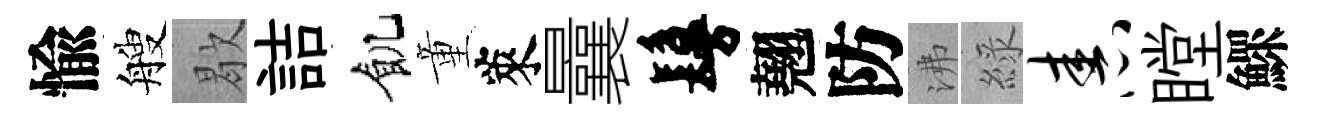
愉艘歇詰飢童萊曩鬘翹防沸綠舂瞠鰥